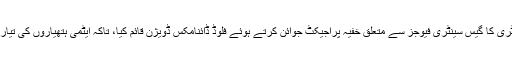
1975 میں ڈاکٹر تسنیم شاہ نے کہوٹہ ریسرچ لیبارٹری کا گیس سینٹری فیوجز سے متعلق خفیہ پراجیکٹ جوائن کرتے ہوئے فلوڈ ڈائنامکس ڈویژن قائم کیا، تاکہ ایٹمی ہتھیاروں کی تیاری میں حائل پیچیدہ حسابی ماڈلز کو حل کیا جاسکے۔